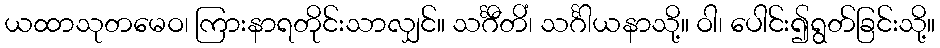
ယထာသုတမေဝ၊ ကြားနာရတိုင်းသာလျှင်။ သင်္ဂီတိံ၊ သင်္ဂါယနာသို့။ ဝါ၊ ပေါင်း၍ရွတ်ခြင်းသို့။